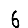
Digit: 6